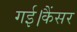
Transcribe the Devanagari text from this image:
गई।कैंसर